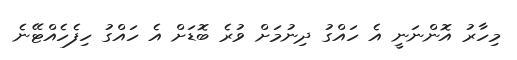
މިހާރު އޮންނަނީ އެ ހައްގު ދިނުމަށް ވުރެ ބޮޑަށް އެ ހައްގު ހިފެހެއްޓޭނެ